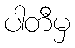
ပါတီမှ